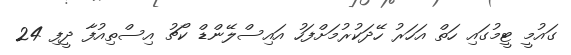
ގައުމީ ޓީމުގައި ހަތް އަހަރު ހޭދަކުރުމަށްފަހު އައިސްލޭންޑް ކޯޗު އިސްތިއުފާ ދީފި 24